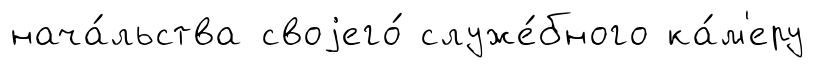
нача́льства своjего́ служе́бного ка́м'еру